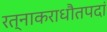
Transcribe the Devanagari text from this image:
रत्नाकराधौतपदां